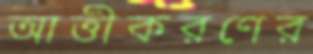
আত্তীকরণের